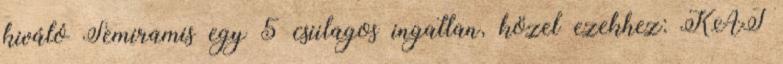
kiváló Semiramis egy 5 csiilagos ingatlan, közel ezekhez: KAT